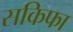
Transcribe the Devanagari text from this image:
सकिफा